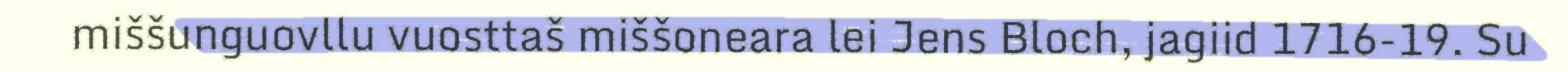
miššunguovllu vuosttaš miššoneara lei Jens Bloch, jagiid 1716-19. Su